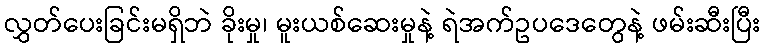
လွှတ်ပေးခြင်းမရှိဘဲ ခိုးမှု၊ မူးယစ်ဆေးမှုနဲ့ ရဲအက်ဥပဒေတွေနဲ့ ဖမ်းဆီးပြီး